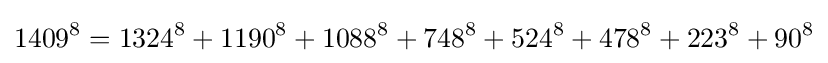
1409^{8}=1324^{8}+1190^{8}+1088^{8}+748^{8}+524^{8}+478^{8}+223^{8}+90^{8}